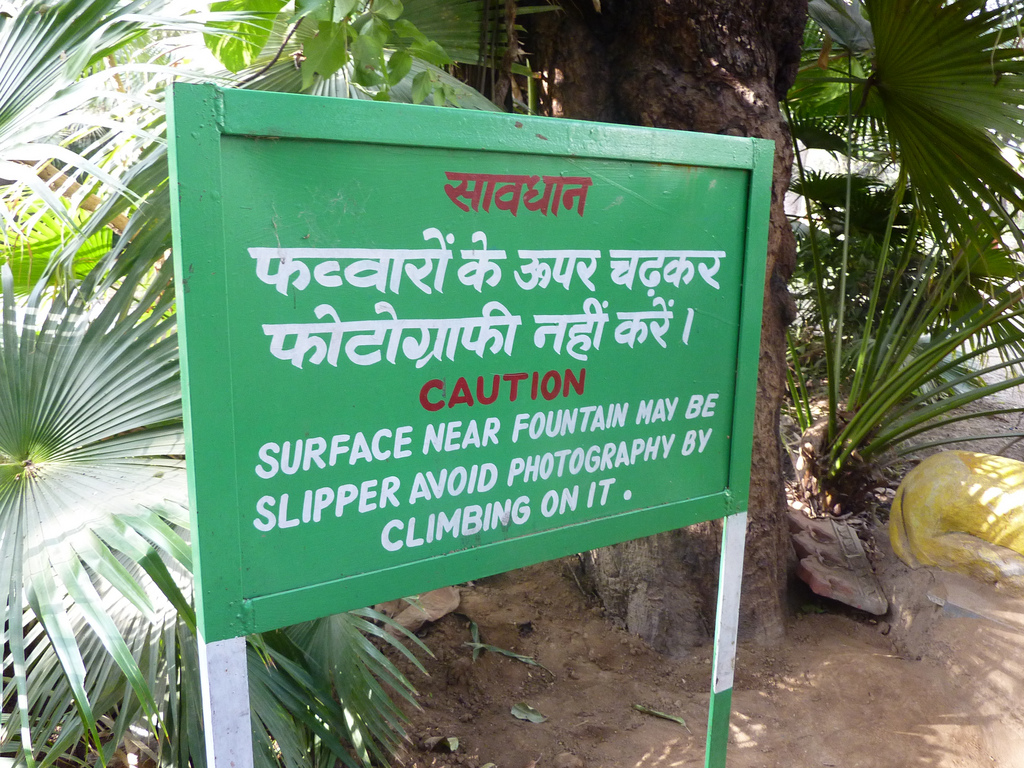
Language: hindi
Transcription: फोटोग्राफी करें के ऊपर नहीं सावधान फव्वारों